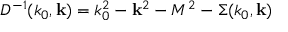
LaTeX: { \cal D } ^ { - 1 } ( k _ { 0 } , { \bf k } ) = k _ { 0 } ^ { 2 } - { \bf k } ^ { 2 } - M ^ { 2 } - \Sigma ( k _ { 0 } , { \bf k } )